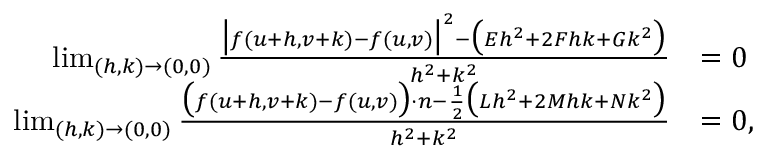
{ \begin{array} { r l } { \operatorname* { l i m } _ { ( h , k ) \to ( 0 , 0 ) } { \frac { { \big | } f ( u + h , v + k ) - f ( u , v ) { \big | } ^ { 2 } - { \big ( } E h ^ { 2 } + 2 F h k + G k ^ { 2 } { \big ) } } { h ^ { 2 } + k ^ { 2 } } } } & { = 0 } \\ { \operatorname* { l i m } _ { ( h , k ) \to ( 0 , 0 ) } { \frac { { \big ( } f ( u + h , v + k ) - f ( u , v ) { \big ) } \cdot n - { \frac { 1 } { 2 } } { \big ( } L h ^ { 2 } + 2 M h k + N k ^ { 2 } { \big ) } } { h ^ { 2 } + k ^ { 2 } } } } & { = 0 , } \end{array} }